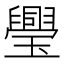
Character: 璺